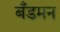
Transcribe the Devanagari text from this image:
बँडमन